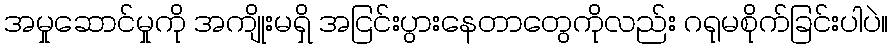
အမှုဆောင်မှုကို အကျိုးမရှိ အငြင်းပွားနေတာတွေကိုလည်း ဂရုမစိုက်ခြင်းပါပဲ။